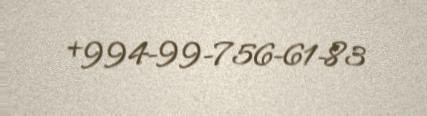
+994-99-756-61-83